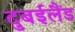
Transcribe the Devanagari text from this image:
दुबईलैंड